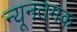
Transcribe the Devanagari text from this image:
न्यूनतमक